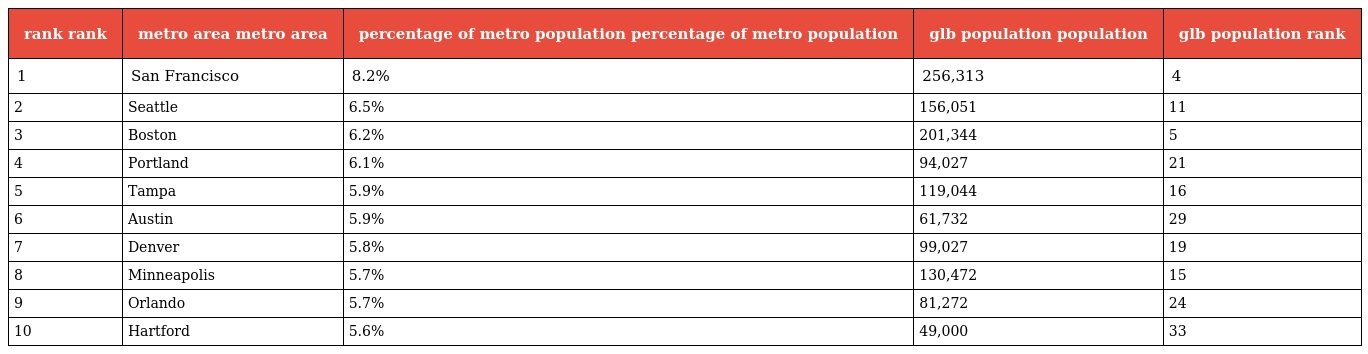
| rank rank | metro area metro area | percentage of metro population percentage of metro population | glb population population | glb population rank |
 | --- | --- | --- | --- | --- |
 | 1 | San Francisco | 8.2% | 256,313 | 4 |
 | 2 | Seattle | 6.5% | 156,051 | 11 |
 | 3 | Boston | 6.2% | 201,344 | 5 |
 | 4 | Portland | 6.1% | 94,027 | 21 |
 | 5 | Tampa | 5.9% | 119,044 | 16 |
 | 6 | Austin | 5.9% | 61,732 | 29 |
 | 7 | Denver | 5.8% | 99,027 | 19 |
 | 8 | Minneapolis | 5.7% | 130,472 | 15 |
 | 9 | Orlando | 5.7% | 81,272 | 24 |
 | 10 | Hartford | 5.6% | 49,000 | 33 |